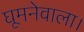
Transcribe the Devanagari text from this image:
घूमनेवाला।